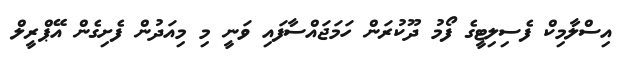
އިސްލާމިކް ފެސިލިޓީގެ ފޯމު ދޫކުރަން ހަމަޖައްސާފައި ވަނީ މި މިއަދުން ފެށިގެން އޭޕްރީލް